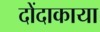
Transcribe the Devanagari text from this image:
दोंदाकाया